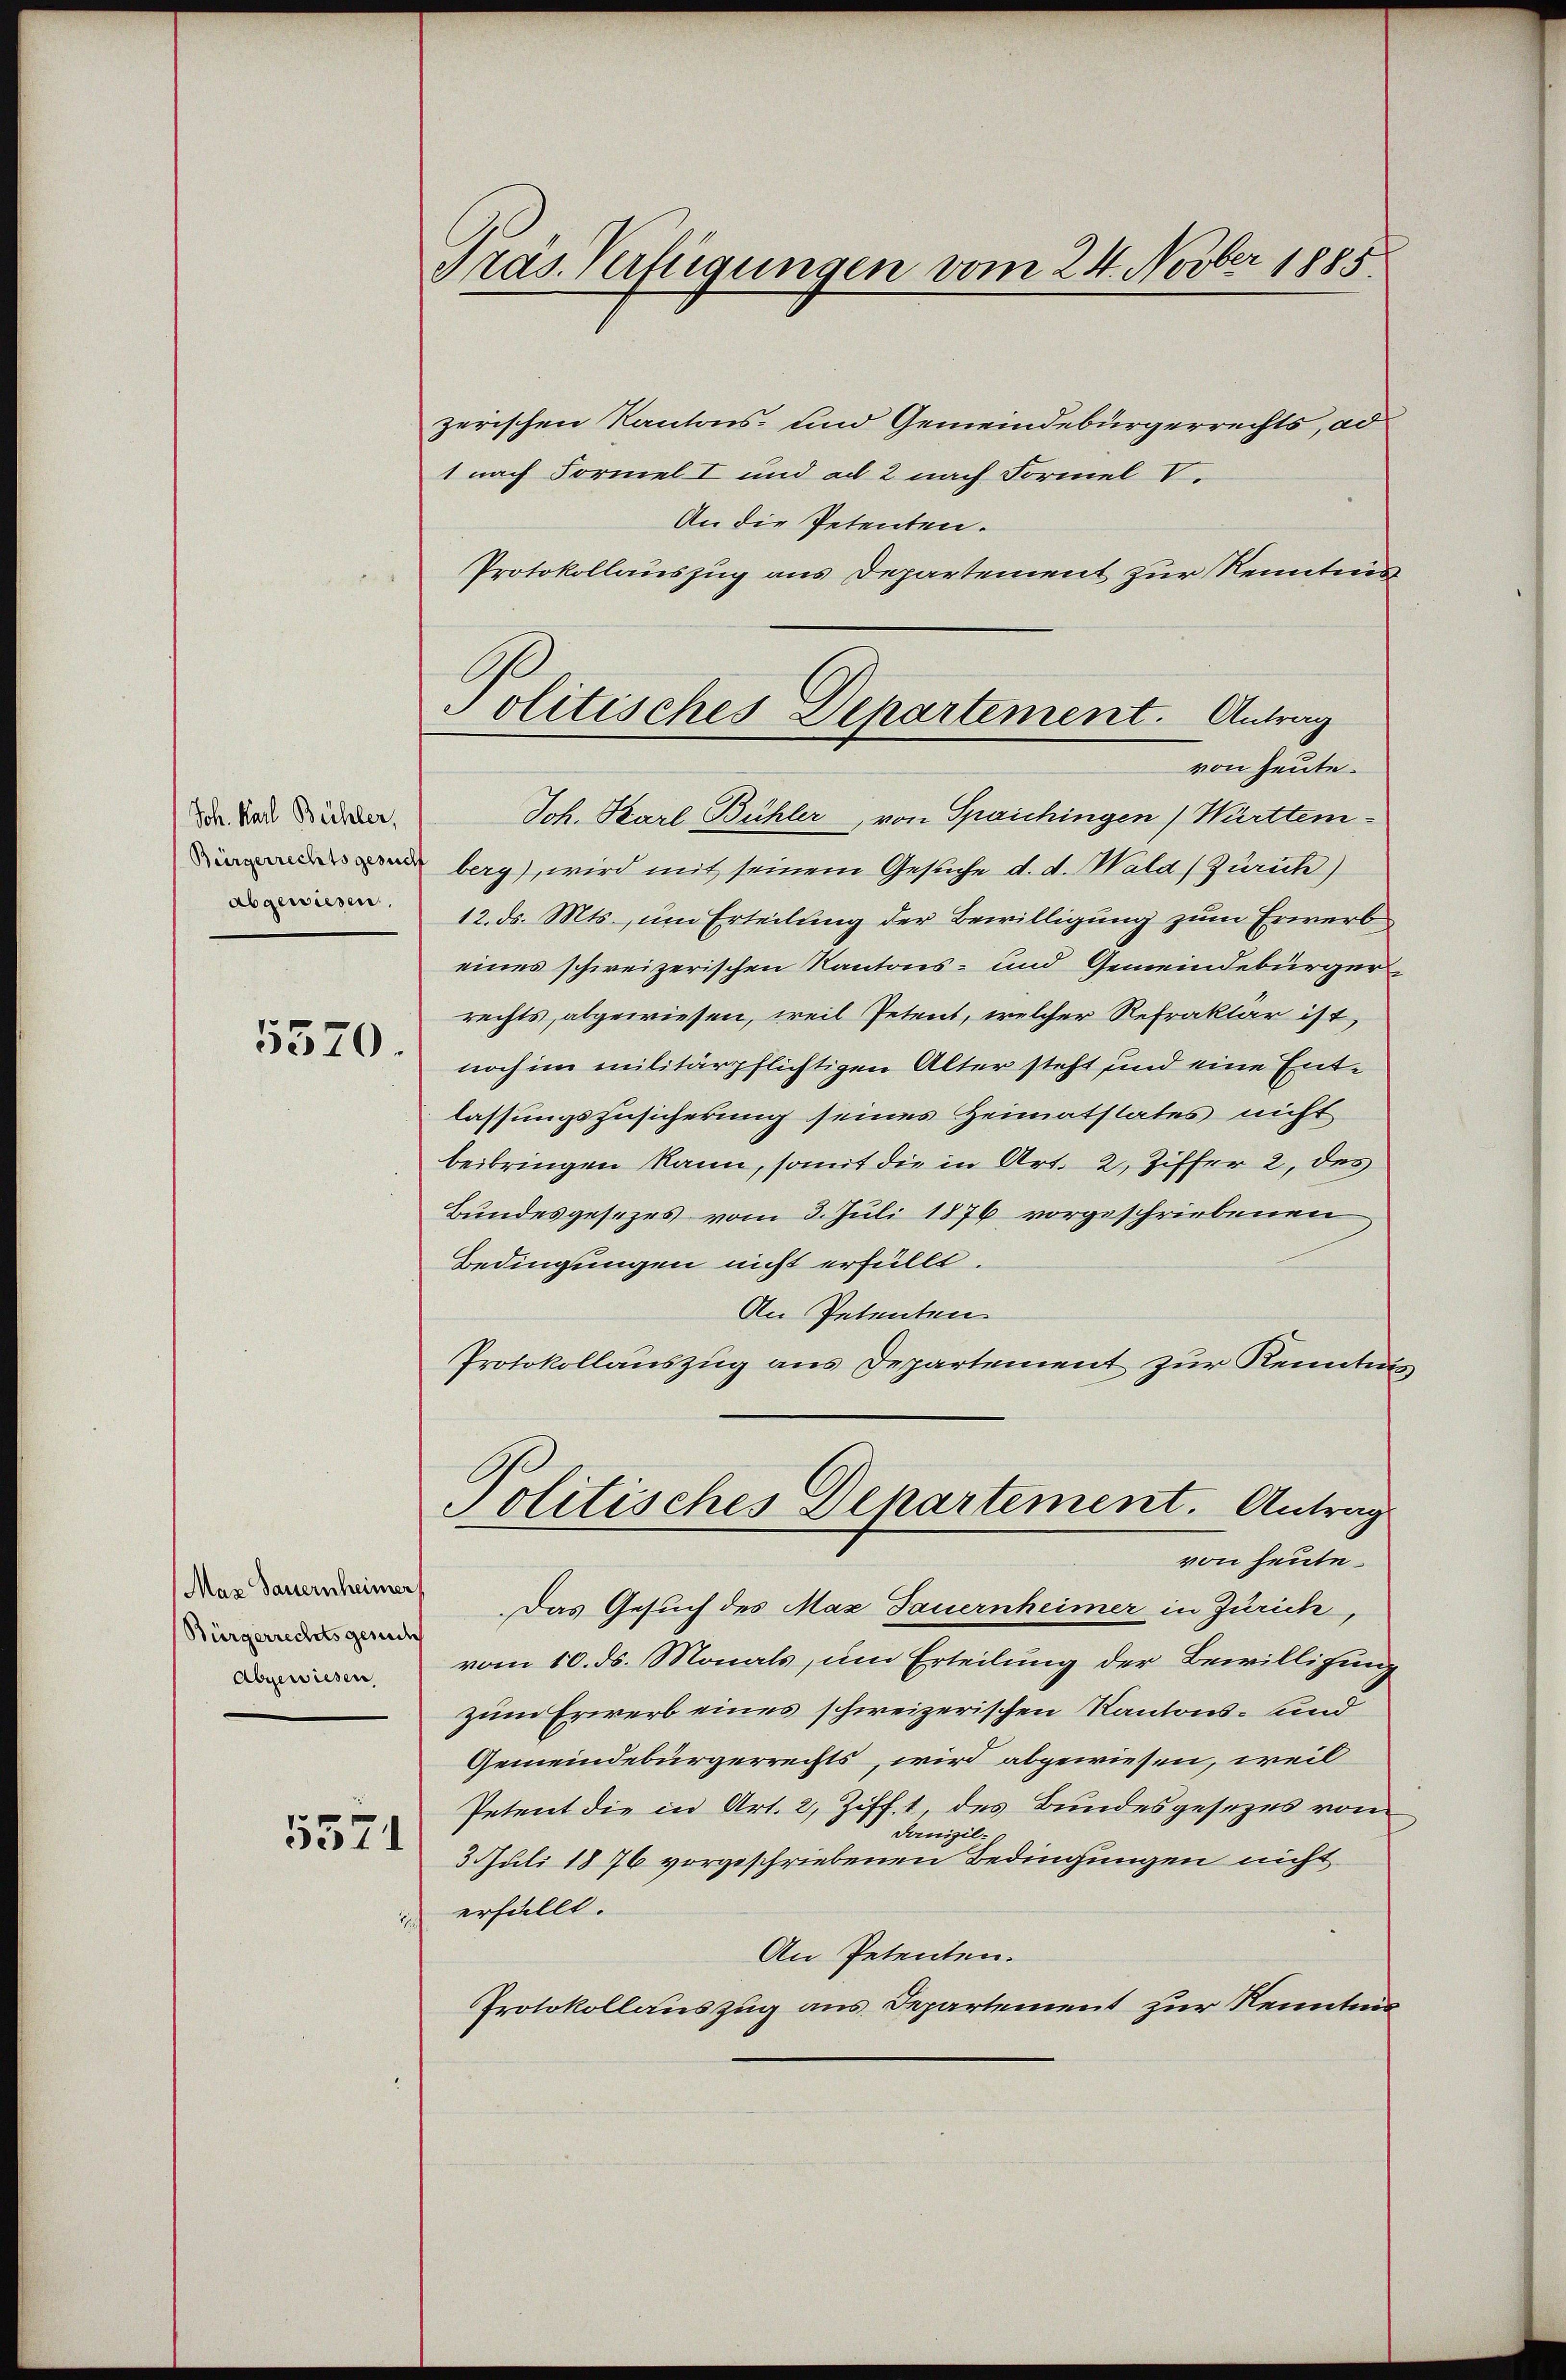
Joh. Karl Bühler,
Bürgerrechtsgesuch
abgewiesen.

5570.

Maz Sauernheimer
Bürgerrechtsgeric
Abgewiesen,

5571

Präs. Verfügungen vom 24. Novber 1885.

zerischen Kantons- und Gemeindebürgerrechts, ad
1 nach Formel I und ad 2 nach Formel V.
An die Petenten.
Protokollauszug aus Departement zur Kenntnis

Politisches Departement. Antrag
von heute.
Joh. Karl Bühler, von Spaichingen Württem-

berg), wird mit seinem Gesuche d. d. Wald (Zürich)
12. ds. Mts., um Erteilung der Bewilligung zum Erwerb
eines schweizerischen Kantons- und Gemeindebürgerrechts, abgewiesen, weil Petent, welcher Refraktar ist,
noch im militärpflichtigen Alter steht und eine Entlassungszusicherung seines Heimatstates nicht
beibringen kann, somit die in Art. 2, Ziffer 2, des
Bundesgesezes vom 3. Juli 1876 vorgeschriebenen
Bedingungen nicht erfüllt.
An Petenten
Protokollauszug aus Departement zur Kenntnis
Politisches Departement. Antrag
von heute.
Das Gesuch des Max Dauernheimer in Zürich,
vom 10. ds. Monats, um Erteilung der Bewilligung
zum Erwerb eines schweizerischen Kantons- und
Gemeindebürgerrechts, wird abgewiesen, weil
Petent die in Art. 2, Ziff. 1 des Bundesgesezes vom
Janizil
3. Juli 1876 vorgeschriebenen Bedingungen nicht
erfällt.
An Petenten.
Protokollauszug aus Departement zur Kenntnis¬